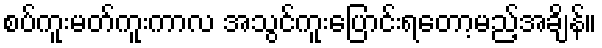
စပ်ကူးမတ်ကူးကာလ အသွင်ကူးပြောင်းရတော့မည့်အချိန်။